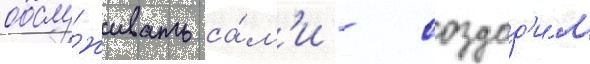
обслу́живать са́м'и - создад'и́м